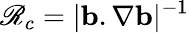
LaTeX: \mathscr{R}_{c}=|\mathbf{{b}}.\nabla\mathbf{{b}}|^{-1}